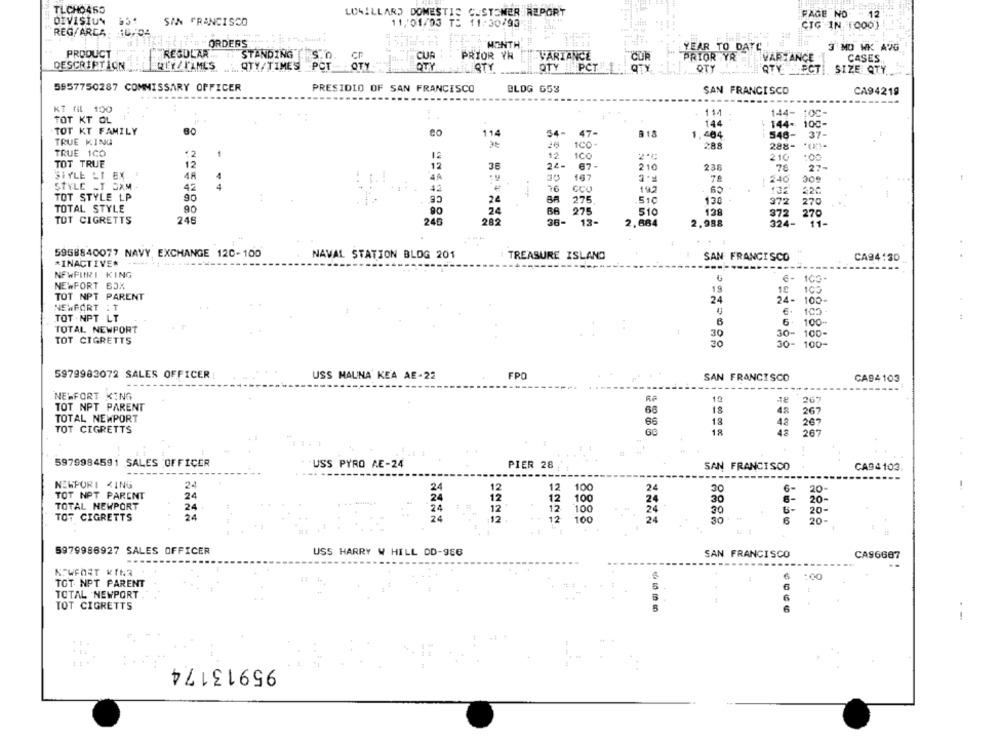
TLCHO463
LOWILLARD DOMESTIC CUSTOMER REPORT
FAGE NO
DIVISIUN
SAN FRANCISCO
11/01/03 T= 11:30/90
= 12
CIG IN [000)
REG/ARCA- 10,34
(ii." " ORDERS -...;
MONTH
PRODUCT
YEAR TO DATE
3 MO WK AVG
REGULAR ... .. STANDING S.O.
PRIOR YH
VARIANCE
CUR
PRIOR YR
VARIANCE
CASES
DESCRIPTION
. QTY/TIMES PCT- OTY
OTY
QTY PCT
STY
OTY
QTY PCT
SIZE QTY
5957750287 COMMISSARY OFFICER
PRESIDIO OF SAN FRANCISCO
BLDG 653
SAN FRANCISCO
CA94219
KT GL 100
114
144- 10℃-
TOT KT OL
144
144- 100-
TOT KT FAMILY
O
Co
114
34-
47-
1,404
548-
TRUE KING
37-
1CO-
288
288-
TRUE 1CO
12
12
210
:00
TOT TRUE
12
12
36
24-
67-
210
238
76
27-
SIYLE LI EX !
48
4ª
167
78
240
309
STYLE -T OXM
42
42
CE
16
CCU
142
6
TOT STYLE LP
90
24
275
51C
130
272
270
TOTAL STYLE
90
90
24
B6 275
510
138
372
270
TOT CIGRETTS
246
240
282
36-
13-
2,664
324-
11-
2,988
5958840077 NAVY, EXCHANGE 120-100
NAVAL STATION BLOG 201
TREASURE ISLAND
SAN FRANCISCO
CA94:30
*INACTIVER
NEWPURI KING
NEWPORT BJX
19
18
TOT NPT PARENT
24
24- 100-
NEWPORT : T
TOT NPT LT
6
TOTAL NEWPORT
30
30- 100-
TOT CIGRETTS
30
30- 100-
5979983072 SALES OFFICER:
USS MAUNA KEA AE-22
FPO
SAN FRANCISCO
CA94 103
NEWFORT KING
RA
10
267
TOT NPT PARENT
18
48
68
267
TOTAL NEWPORT
66
18
4.3
267
TOT CIGRETTS
18
48
267
... 1
5979984591 SALES OFFICER
USS PYRO AE-24
PIER 28
SAN FRANCISCO
CA94103
---
-----
NEWPORT KING
24
12
12
100
24
30
6-
20-
TOT NPT PARENT
24
24
12
12
TOTAL NEWPORT
24
100
30
12
12
100
30
6-
30-
TOT CIGRETTS
24
24
12
12
100
24
30
6
20-
5979986927 SALES OFFICER
USS HARRY W HILL DD-986
SAN FRANCISCO
CA96667
K.WEDET KINS
6
1:00
TOT NPT PARENT
6
TOTAL NEWPORT
TOT CIGRETTS
95913174